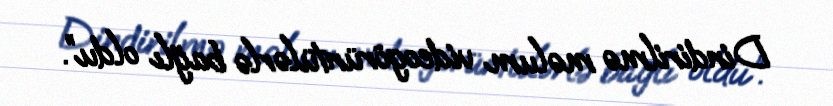
Dindirilmə məlum videogörüntülərlə bağlı oldu”.